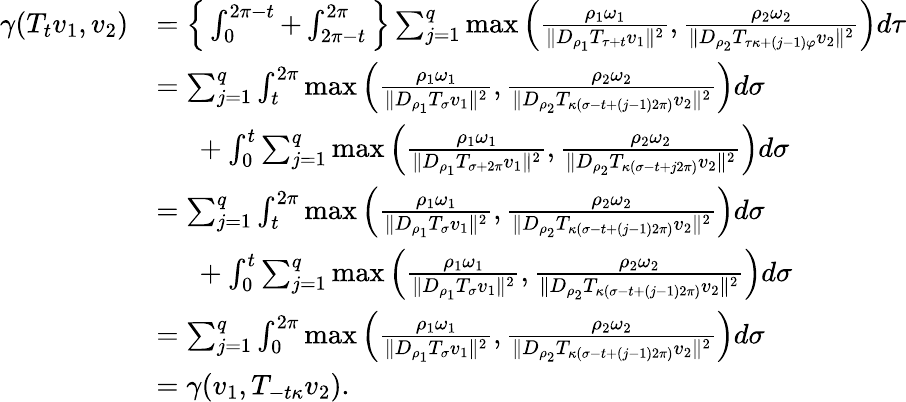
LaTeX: \begin{array}{rl}{\gamma(T_{t}v_{1},v_{2})}&{=\Big\{ \int_{0}^{2\pi-t}+\int_{2\pi-t}^{2\pi}\Big\} \sum_{j=1}^{q}\operatorname*{max}\Big(\frac{\rho_{1}\omega_{1}}{\| D_{\rho_{1}}T_{\tau+t}v_{1}\| ^{2}},\frac{\rho_{2}\omega_{2}}{\| D_{\rho_{2}}T_{\tau\kappa+(j-1)\varphi}v_{2}\| ^{2}}\Big)d\tau}\\ &{=\sum_{j=1}^{q}\int_{t}^{2\pi}\operatorname*{max}\Big(\frac{\rho_{1}\omega_{1}}{\| D_{\rho_{1}}T_{\sigma}v_{1}\| ^{2}},\frac{\rho_{2}\omega_{2}}{\| D_{\rho_{2}}T_{\kappa(\sigma-t+(j-1)2\pi)}v_{2}\| ^{2}}\Big)d\sigma}\\ &{\phantom{=\ }+\int_{0}^{t}\sum_{j=1}^{q}\operatorname*{max}\Big(\frac{\rho_{1}\omega_{1}}{\| D_{\rho_{1}}T_{\sigma+2\pi}v_{1}\| ^{2}},\frac{\rho_{2}\omega_{2}}{\| D_{\rho_{2}}T_{\kappa(\sigma-t+j2\pi)}v_{2}\| ^{2}}\Big)d\sigma}\\ &{=\sum_{j=1}^{q}\int_{t}^{2\pi}\operatorname*{max}\Big(\frac{\rho_{1}\omega_{1}}{\| D_{\rho_{1}}T_{\sigma}v_{1}\| ^{2}},\frac{\rho_{2}\omega_{2}}{\| D_{\rho_{2}}T_{\kappa(\sigma-t+(j-1)2\pi)}v_{2}\| ^{2}}\Big)d\sigma}\\ &{\phantom{=\ }+\int_{0}^{t}\sum_{j=1}^{q}\operatorname*{max}\Big(\frac{\rho_{1}\omega_{1}}{\| D_{\rho_{1}}T_{\sigma}v_{1}\| ^{2}},\frac{\rho_{2}\omega_{2}}{\| D_{\rho_{2}}T_{\kappa(\sigma-t+(j-1)2\pi)}v_{2}\| ^{2}}\Big)d\sigma}\\ &{=\sum_{j=1}^{q}\int_{0}^{2\pi}\operatorname*{max}\Big(\frac{\rho_{1}\omega_{1}}{\| D_{\rho_{1}}T_{\sigma}v_{1}\| ^{2}},\frac{\rho_{2}\omega_{2}}{\| D_{\rho_{2}}T_{\kappa(\sigma-t+(j-1)2\pi)}v_{2}\| ^{2}}\Big)d\sigma}\\ &{=\gamma(v_{1},T_{-t\kappa}v_{2}).}\end{array}